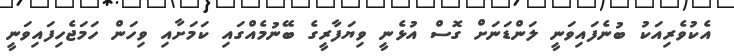
އެކުވެރިއަކު ބުނެފައިވަނީ ލަންޑަނަށް ގޮސް އުޅެނީ ވިޔަފާރީގެ ބޭނުމެއްގައި ކަމަށާއި ވިހަން ހަމަޖެހިފައިވަނީ